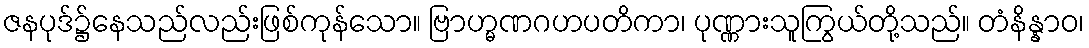
ဇနပုဒ်၌နေသည်လည်းဖြစ်ကုန်သော။ ဗြာဟ္မဏဂဟပတိကာ၊ ပုဏ္ဏားသူကြွယ်တို့သည်။ တံနိန္နာဝ၊